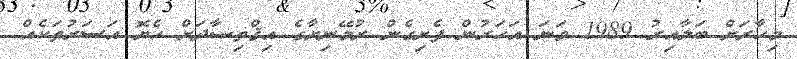
މިހާރަށް ބަލާއިރު 1989 ވަނަ އަހަރުން ފެށިގެން ރުމޭނިޔާގެ އިޤްތިޞާދަށް ހެޔޮ އަސަރުތަކެއް